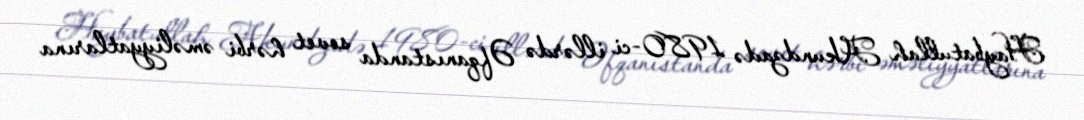
Haybatullah Akundzadə 1980-ci illərdə Əfqanıstanda sovet hərbi əməliyyatlarına